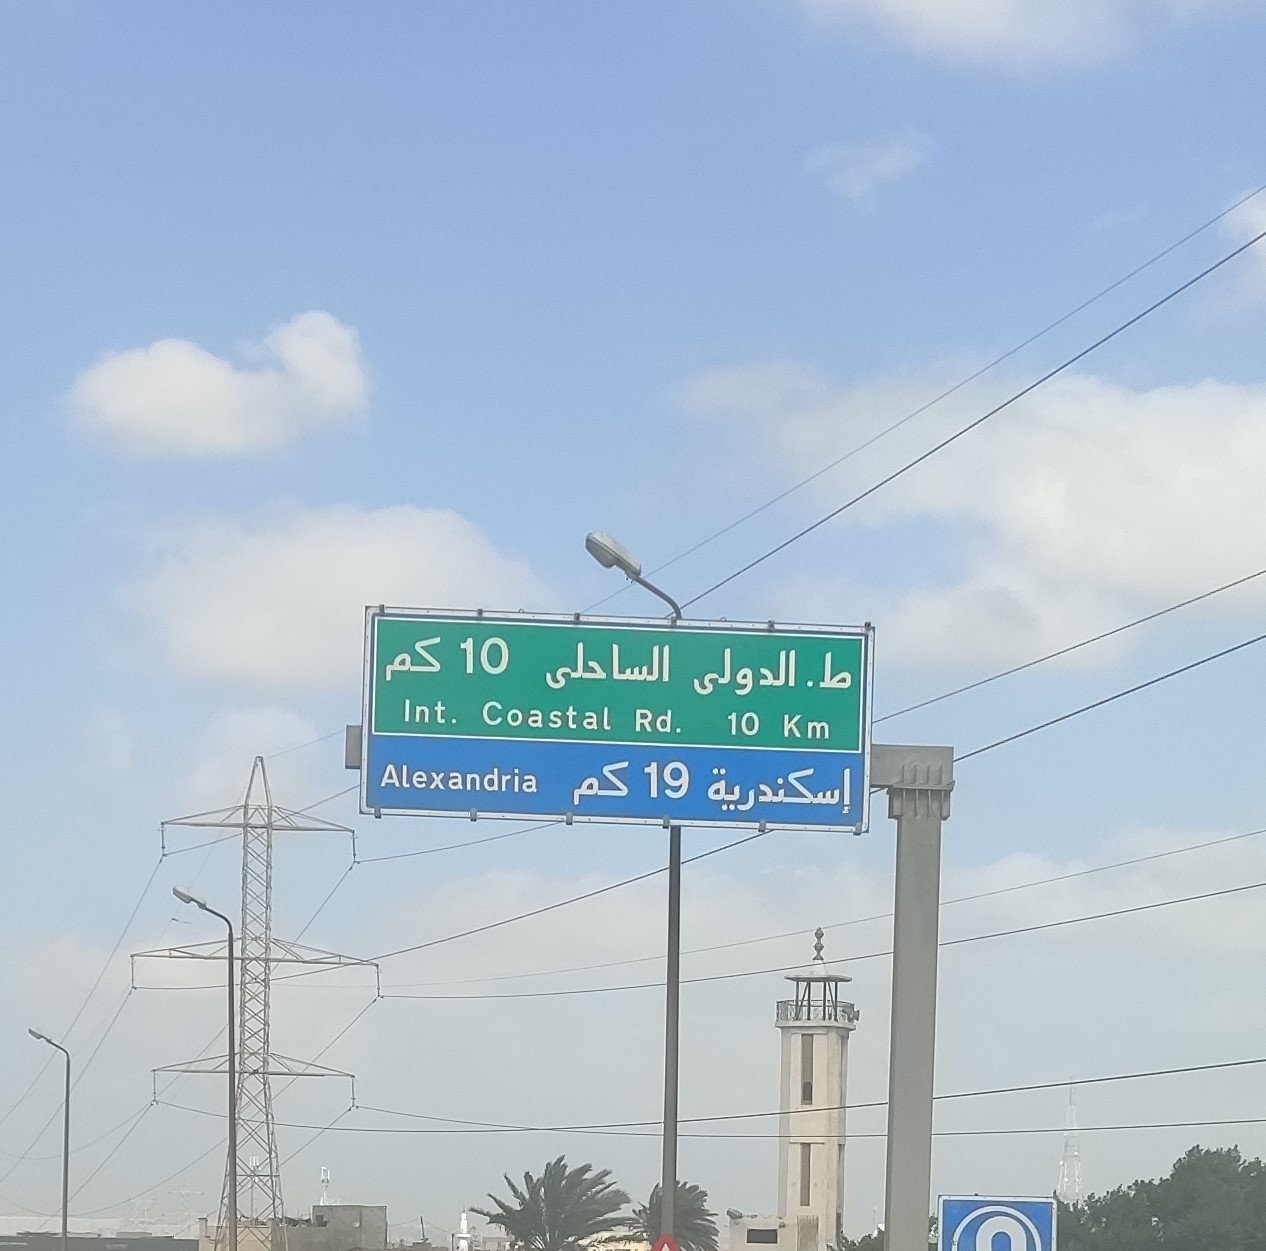
Text in image: كم الساحلى ط الدولى كم إسكندرية 10 Int. Coastal Rd 10 Km Alexandria 19